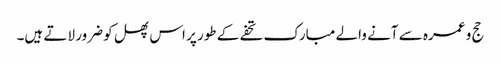
حج و عمرہ سے آنے والے مبارک تحفے کے طور پر اس پھل کو ضرور لاتے ہیں۔